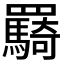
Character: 𮊠